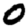
Digit: 0